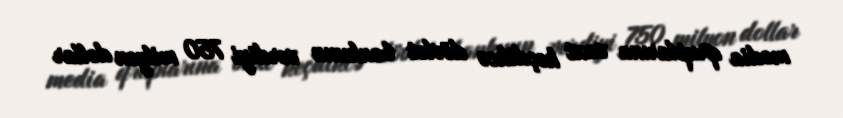
media qruplarına vaxt keçdikcə dövlət bankının verdiyi 750 milyon dollar